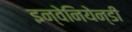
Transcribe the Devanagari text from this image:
इन्वेनियेन्डी